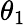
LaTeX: \theta_{1}